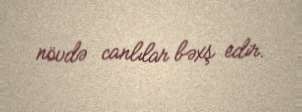
növdə canlılar bəxş edir.